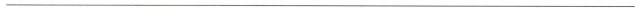
___